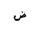
Letter: _dad